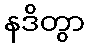
နဒိတွာ